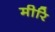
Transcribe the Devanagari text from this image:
मीरि